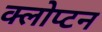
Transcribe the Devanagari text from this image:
क्लोप्टन